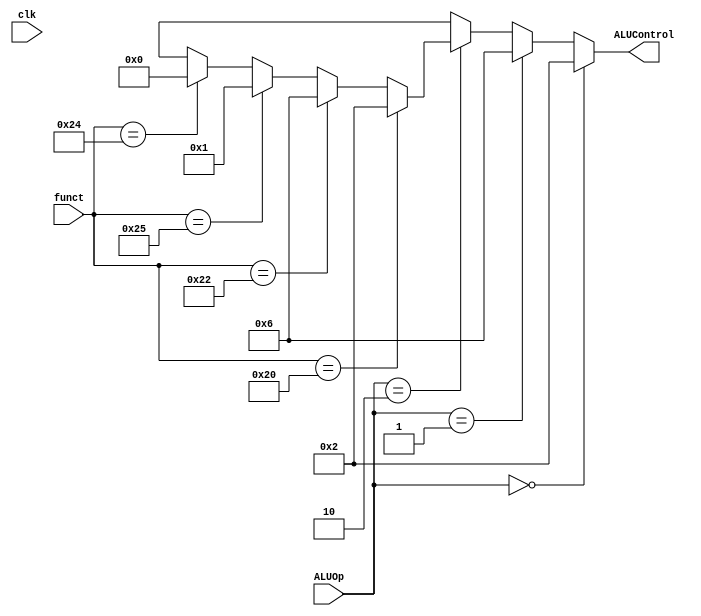
module ALUCONTROL(clk, ALUControl, ALUOp, funct);

input clk;
input [1:0] ALUOp;
input [5:0] funct;
output [3:0] ALUControl;

assign ALUControl = 	
         (ALUOp == 2'b00) ? 4'b0010:
			(ALUOp == 2'b00) ? 4'b0010:
			(ALUOp == 2'b01) ? 4'b0110:
			(ALUOp == 2'b10) ? 
				((funct == 6'b100000) ? 4'b0010:
				 (funct == 6'b100010) ? 4'b0110:
             (funct == 6'b100101) ? 4'b0001: 
				 (funct == 6'b100100) ? 4'b0000:4'bxxxx): 4'bxxxx;
				 

endmodule